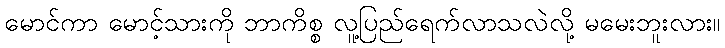
မောင်ကာ မောင့်သားကို ဘာကိစ္စ လူ့ပြည်ရေက်လာသလဲလို့ မမေးဘူးလား။